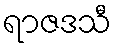
ရာဇဒသီ